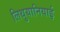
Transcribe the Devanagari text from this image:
लिथुयानियाई